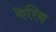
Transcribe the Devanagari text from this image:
केरिक